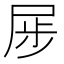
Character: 𪨏